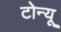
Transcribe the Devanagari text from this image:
टोन्यू